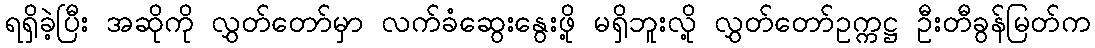
ရရှိခဲ့ပြီး အဆိုကို လွှတ်တော်မှာ လက်ခံဆွေးနွေးဖို့ မရှိဘူးလို့ လွှတ်တော်ဥက္ကဋ္ဌ ဦးတီခွန်မြတ်က